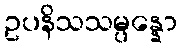
ဥပနိသသမ္ပန္နော